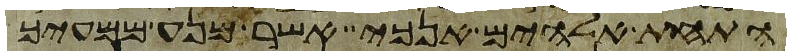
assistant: התחת אלהים אנכי אשר מנע ממעיך